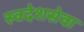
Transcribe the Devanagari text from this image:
स्वदेशसेवा